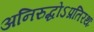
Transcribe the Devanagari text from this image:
अनिरुद्धोऽप्रतिरथः